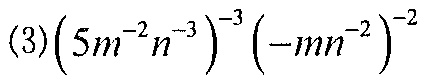
(3)\(\left(5m^{-2}n^{-3}\right)^{-3}\left(-mn^{-2}\right)^{-2}\)